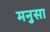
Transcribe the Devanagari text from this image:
मनुसा